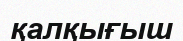
қалқығыш